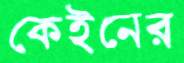
কেইনের